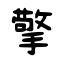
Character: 擎